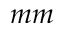
m m